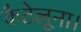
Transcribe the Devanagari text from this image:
कैटेलूना।